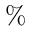
\%